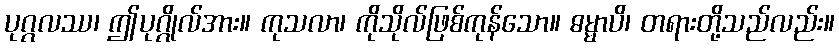
ပုဂ္ဂလဿ၊ ဤပုဂ္ဂိုလ်အား။ ကုသလာ၊ ကိုသိုလ်ဖြစ်ကုန်သော။ ဓမ္မာပိ၊ တရားတို့သည်လည်း။